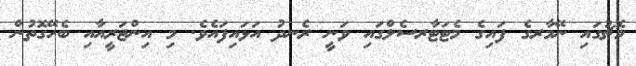
މެޗުގައި ނޭމާރގެ ފައިގެ މެޓަޓާރސެލްގައި ވަނީ ރެނދު އަޅައިފައެވެ. މި އިންޖަރީއާއި ބެހޭގޮތުން